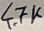
Text: 4.7K